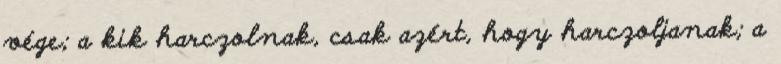
vége; a kik harczolnak, csak azért, hogy harczoljanak; a